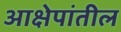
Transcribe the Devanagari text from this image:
आक्षेपांतील